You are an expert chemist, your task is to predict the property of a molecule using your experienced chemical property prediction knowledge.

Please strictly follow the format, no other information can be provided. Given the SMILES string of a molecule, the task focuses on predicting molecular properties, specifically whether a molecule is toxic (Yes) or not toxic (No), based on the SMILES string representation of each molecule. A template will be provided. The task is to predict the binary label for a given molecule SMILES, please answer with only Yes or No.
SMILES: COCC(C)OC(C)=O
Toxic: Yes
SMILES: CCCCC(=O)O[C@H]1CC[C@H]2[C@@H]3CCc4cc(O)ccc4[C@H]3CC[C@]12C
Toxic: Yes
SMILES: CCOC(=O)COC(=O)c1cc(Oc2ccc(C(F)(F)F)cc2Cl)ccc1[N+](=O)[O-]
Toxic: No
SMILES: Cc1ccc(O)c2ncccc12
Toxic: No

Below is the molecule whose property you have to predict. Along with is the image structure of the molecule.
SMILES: CC(C)N(c1ccccc1)C(C)C
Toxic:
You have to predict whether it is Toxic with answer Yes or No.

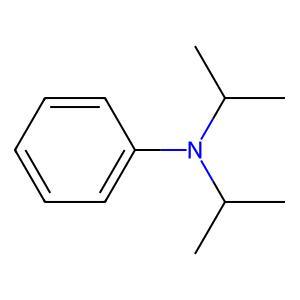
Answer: No